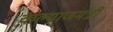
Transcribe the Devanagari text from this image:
कल्याणमंत्री